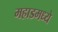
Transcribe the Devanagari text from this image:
महाडमध्ये